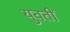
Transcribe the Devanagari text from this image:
युवतीं